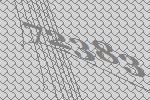
72383